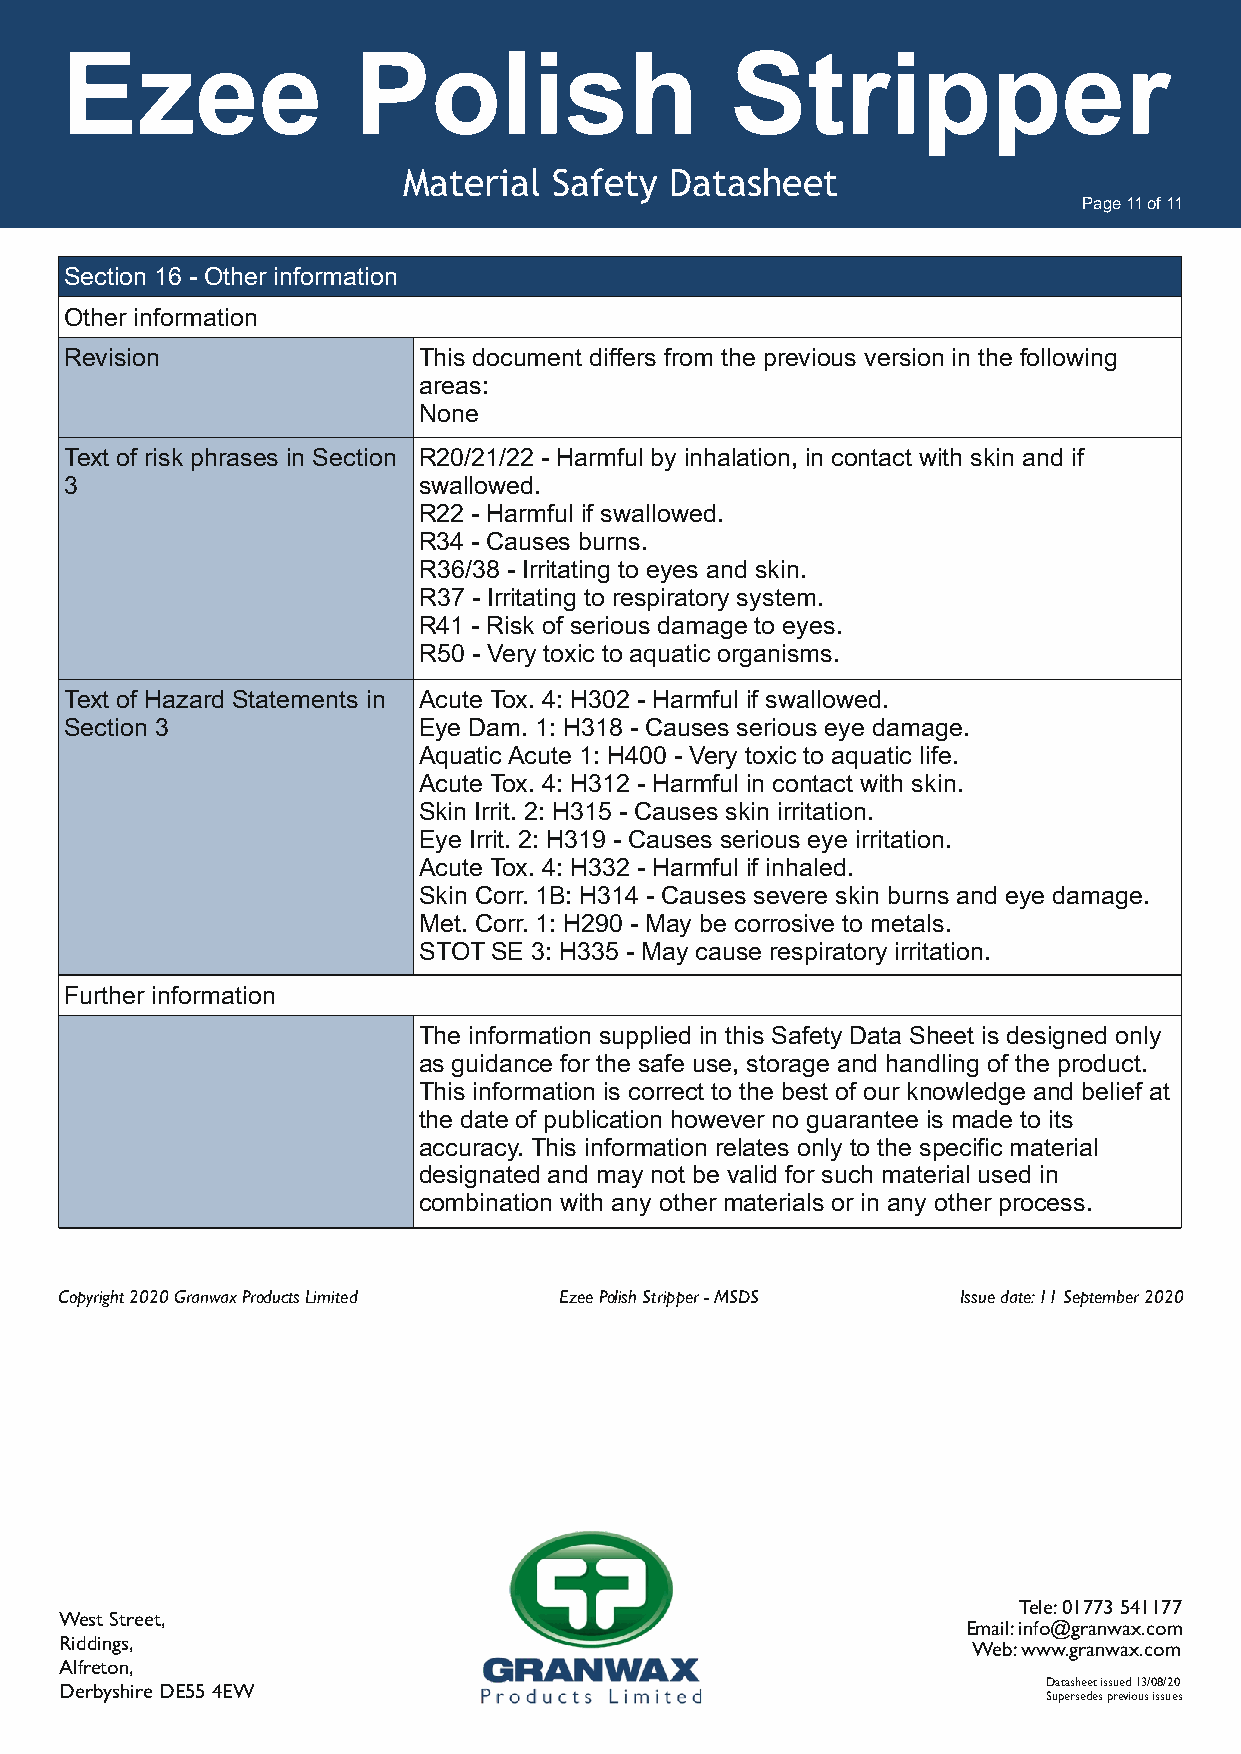
Ezee               Polish                   Stripper
 Material  Safety Datasheet
 Page 11 of 11
 Section 16 - Other information
 Other information
 Revision                This document differs from the previous version in the following
 areas:
 None
 Text of risk phrases in Section R20/21/22 - Harmful by inhalation, in contact with skin and if
 3                       swallowed.
 R22 - Harmful if swallowed.
 R34 - Causes burns.
 R36/38 - Irritating to eyes and skin.
 R37 - Irritating to respiratory system.
 R41 - Risk of serious damage to eyes.
 R50 - Very toxic to aquatic organisms.
 Text of Hazard Statements in Acute Tox. 4: H302 - Harmful if swallowed.
 Section 3               Eye Dam. 1: H318 - Causes serious eye damage.
 Aquatic Acute 1: H400 - Very toxic to aquatic life.
 Acute Tox. 4: H312 - Harmful in contact with skin.
 Skin Irrit. 2: H315 - Causes skin irritation.
 Eye Irrit. 2: H319 - Causes serious eye irritation.
 Acute Tox. 4: H332 - Harmful if inhaled.
 Skin Corr. 1B: H314 - Causes severe skin burns and eye damage.
 Met. Corr. 1: H290 - May be corrosive to metals.
 STOT SE 3: H335 - May cause respiratory irritation.
 Further information
 The information supplied in this Safety Data Sheet is designed only
 as guidance for the safe use, storage and handling of the product.
 This information is correct to the best of our knowledge and belief at
 the date of publication however no guarantee is made to its
 accuracy. This information relates only to the specific material
 designated and may not be valid for such material used in
 combination with any other materials or in any other process.
 Copyright 2020 Granwax Products Limited Ezee Polish Stripper - MSDS Issue date: 11 September 2020
 Tele: 01773 541177
 West Street,
 Email: info@granwax.com
 Riddings,                                                   Web: www.granwax.com
 Alfreton,
 Derbyshire DE55 4EW                                              Datasheet issued 13/08/20
 Supersedes previous issues